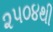
૨૫૦૪થી